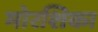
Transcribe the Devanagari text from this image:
मोरशिका